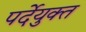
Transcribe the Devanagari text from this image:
पर्देयुक्त